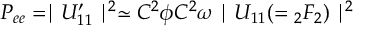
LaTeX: P _ { e e } = \mid U _ { 1 1 } ^ { \prime } \mid ^ { 2 } \simeq C ^ { 2 } \phi C ^ { 2 } \omega \mid U _ { 1 1 } ( = { } _ { 2 } F _ { 2 } ) \mid ^ { 2 }